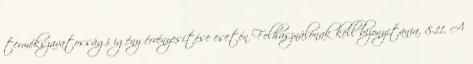
termékszavatossági igény érvényesítése esetén Felhasználónak kell bizonyítania. 8.11. A